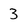
Character: 3